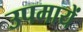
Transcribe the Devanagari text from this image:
उपमायें